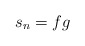
\begin{align*}s_n = fg\end{align*}